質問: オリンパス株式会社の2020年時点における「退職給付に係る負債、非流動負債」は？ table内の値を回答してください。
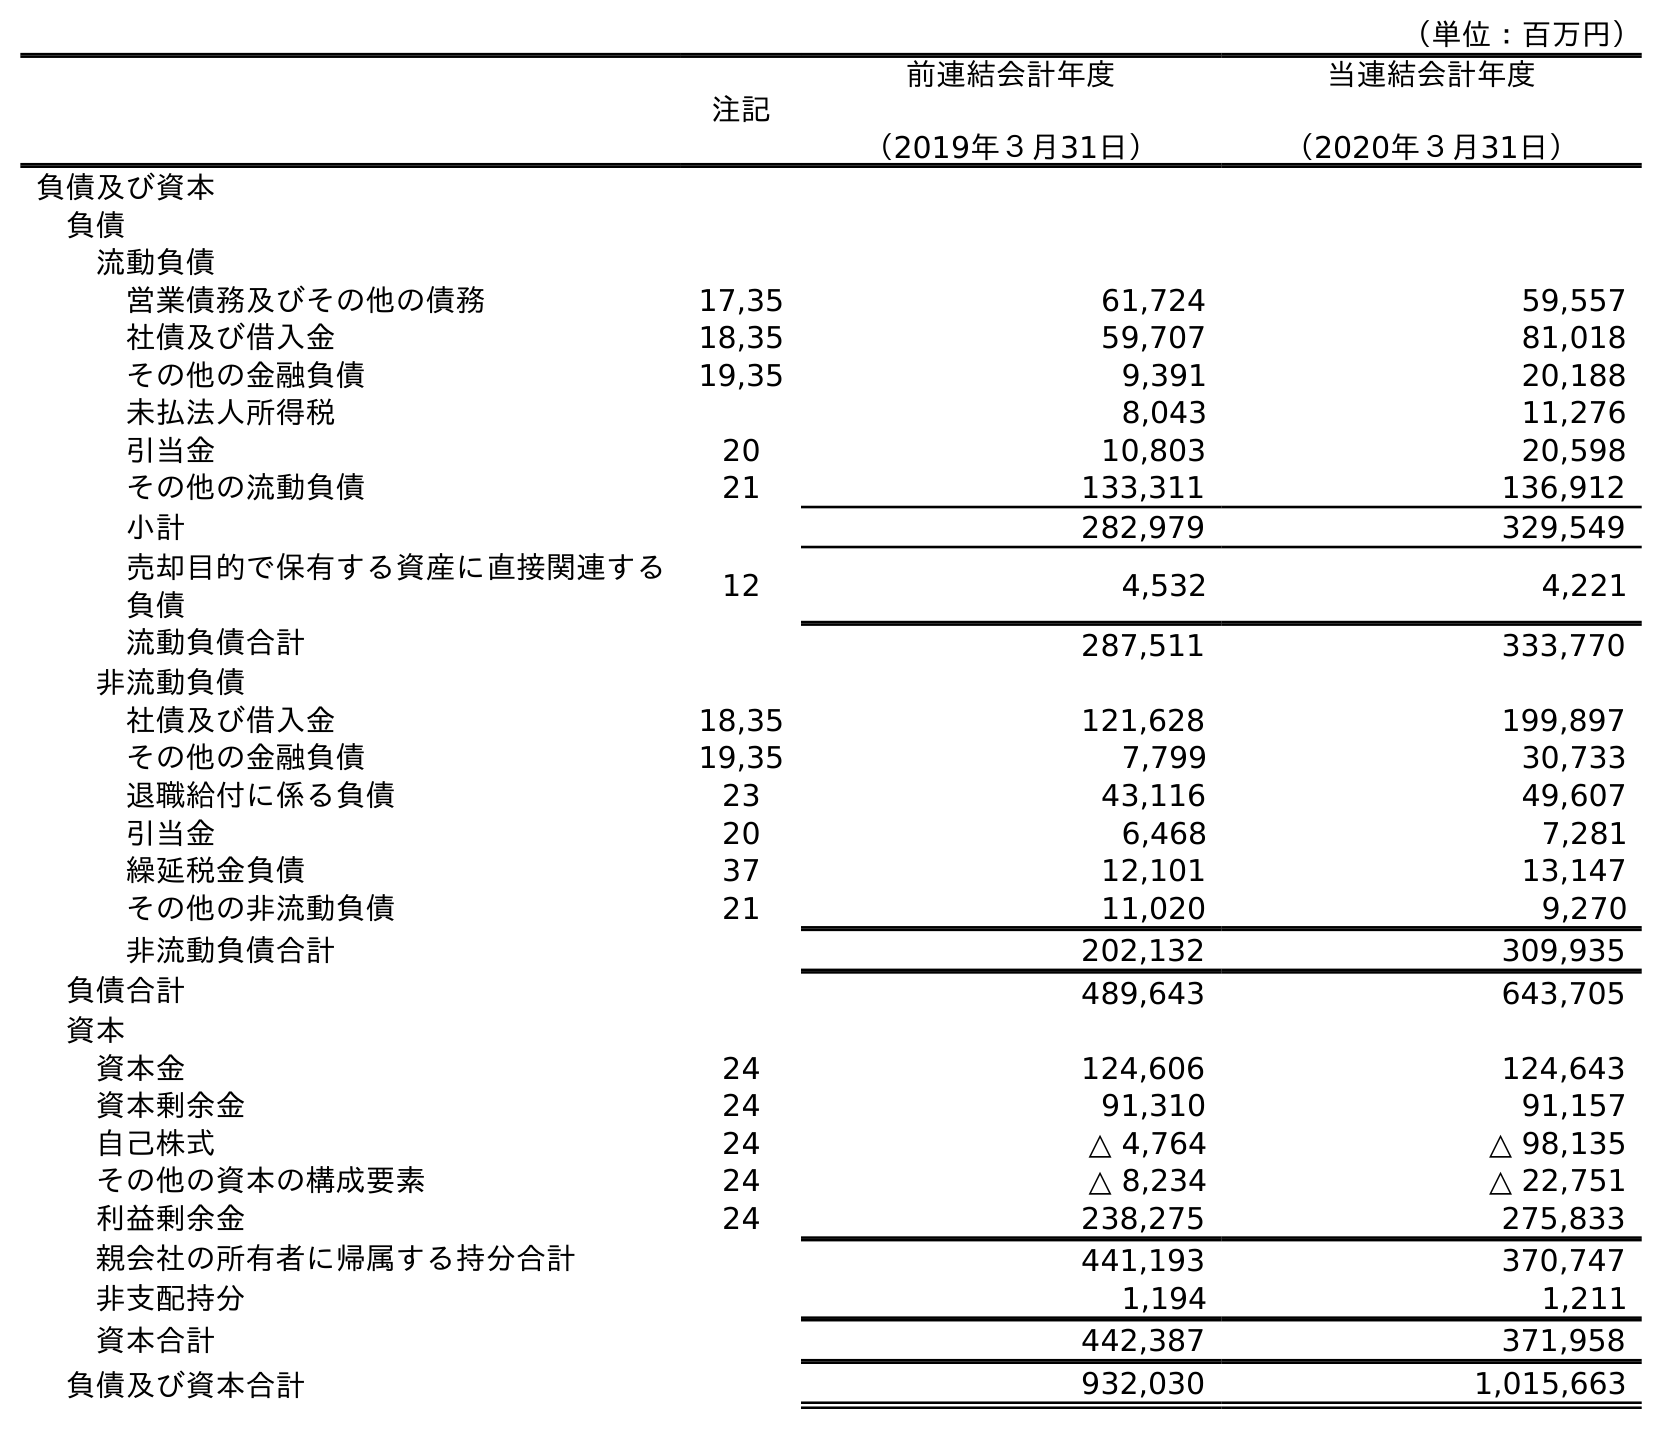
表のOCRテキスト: （単位：百万円） 注記 前連結会計年度 （2019年３月31日） 当連結会計年度 （2020年３月31日） 負債及び資本 負債 流動負債 営業債務及びその他の債務 17,35 61,724 59,557 社債及び借入金 18,35 59,707 81,018 その他の金融負債 19,35 9,391 20,188 未払法人所得税 8,043 11,276 引当金 20 10,803 20,598 その他の流動負債 21 133,311 136,912 小計 282,979 329,549 売却目的で保有する資産に直接関連する 負債 12 4,532 4,221 流動負債合計 287,511 333,770 非流動負債 社債及び借入金 18,35 121,628 199,897 その他の金融負債 19,35 7,799 30,733 退職給付に係る負債 23 43,116 49,607 引当金 20 6,468 7,281 繰延税金負債 37 12,101 13,147 その他の非流動負債 21 11,020 9,270 非流動負債合計 202,132 309,935 負債合計 489,643 643,705 資本 資本金 24 124,606 124,643 資本剰余金 24 91,310 91,157 自己株式 24 △ 4,764 △ 98,135 その他の資本の構成要素 24 △ 8,234 △ 22,751 利益剰余金 24 238,275 275,833 親会社の所有者に帰属する持分合計 441,193 370,747 非支配持分 1,194 1,211 資本合計 442,387 371,958 負債及び資本合計 932,030 1,015,663
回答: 49,607